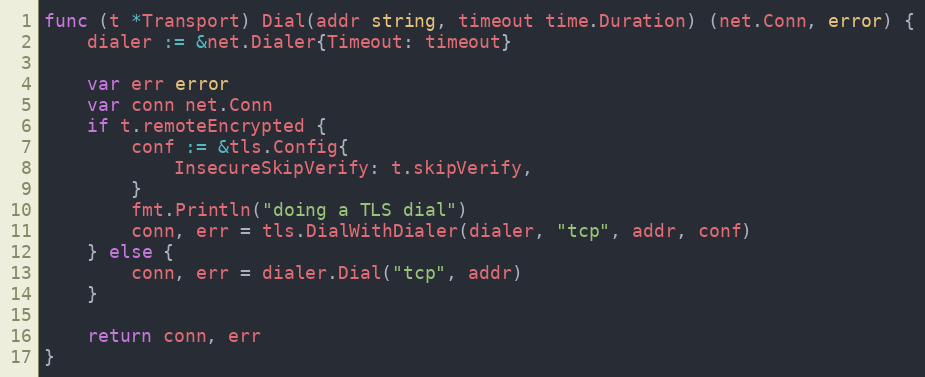
Language: Go
func (t *Transport) Dial(addr string, timeout time.Duration) (net.Conn, error) {
	dialer := &net.Dialer{Timeout: timeout}

	var err error
	var conn net.Conn
	if t.remoteEncrypted {
		conf := &tls.Config{
			InsecureSkipVerify: t.skipVerify,
		}
		fmt.Println("doing a TLS dial")
		conn, err = tls.DialWithDialer(dialer, "tcp", addr, conf)
	} else {
		conn, err = dialer.Dial("tcp", addr)
	}

	return conn, err
}